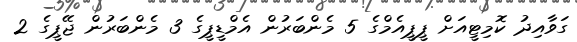
ގަވާއިދު ކޮމިޓީއަށް ޕީޕީއެމްގެ 5 މެންބަރުން އެމްޑީޕީގެ 3 މެންބަރުން ޖޭޕީގެ 2